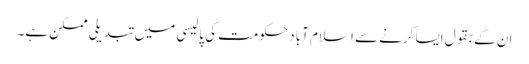
ان کے بقول ایسا کرنے سے اسلام آباد حکومت کی پالیسی میں تبدیلی ممکن ہے۔